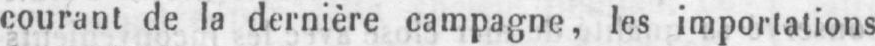
courant de la dernière campagne, les importations